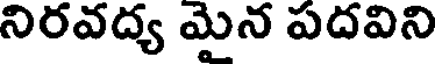
నిరవద్య మైన పదవిని